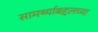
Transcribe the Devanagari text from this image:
सामर्थ्याबद्दलच्या